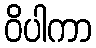
ဝိပါကာ